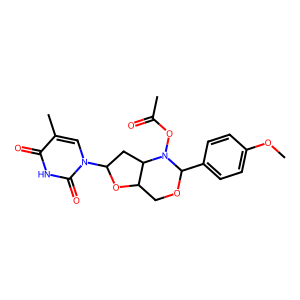
SMILES: COc1ccc(C2OCC3OC(n4cc(C)c(=O)[nH]c4=O)CC3N2OC(C)=O)cc1
Inhibits HIV replication: No